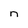
Character: n